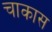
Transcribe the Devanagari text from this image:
चाकास